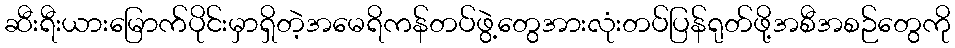
ဆီးရီးယားမြောက်ပိုင်းမှာရှိတဲ့အမေရိကန်တပ်ဖွဲ့တွေအားလုံးတပ်ပြန်ရုတ်ဖို့အစီအစဉ်တွေကို